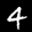
Label: 4